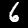
Label: 6